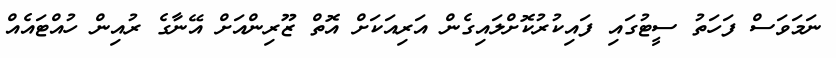
ނަމަވަސް ފަހަތު ސީޓުގައި ފައިކުރުކޮށްލައިގެން އަރިއަކަށް އޮތް ޒޫރިންއަށް އޭނާގެ ރުއިން ހުއްޓައެއް